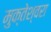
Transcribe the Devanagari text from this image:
मुक्‍तेश्‍वरा